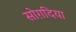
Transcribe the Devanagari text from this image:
सोग़दिया